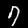
Digit: 7